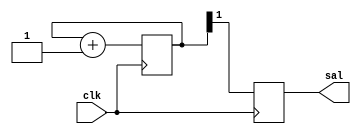
//- Reloj (00:00-23:59)
//- Calendario (AO-MES-DIA)
//- Alarma (HORA ESPECIFICA)

////MODULO///////////////////////////////////////////
//module Practica_4(clk,rst,sal);
//
////Entradas y Salidas
//input            clk,rst;
//output      reg     sal;
//
////Registros
//reg				[25:0]	contador;
//reg							clk2;
////Alambres
//
////ASIGNACIONES/////////////////////////////////////
//
//	initial
//	begin
//		contador=24999995;
//	end
//
//	//seales
//	
//	
//	
//	
//	//Escalador//////////////////////////////////////
//	always@(posedge clk)
//	begin
//		if(rst)
//			begin
//			contador=0;
//			clk2=0;
//			end
//			
//		if(contador==24999999) clk2=1;
//		if(contador==49999999) 
//			begin
//			clk2=0;
//			contador=0;
//			end
//		else
//			contador=contador+1;
//
//	end
//	
//	
//	always@(clk2)
//	begin
//		case (clk2)
//			1: sal=1;
//			0: sal=0;
//		endcase
//	end
//
//endmodule

module Practica_4 (clk,sal);

input clk;
output reg sal;

reg [20:0] cnt;


always @(posedge clk) begin
 cnt<=cnt+1'b1;
 sal<=cnt[1];
end 
endmodule